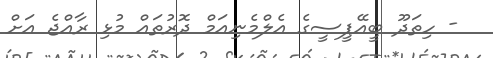
- ހިތަދޫ ބީއޭޕީސީގެ އެލްމެނިއަމް ދޮރުތައް މުޅި ރާއްޖެ އަށް